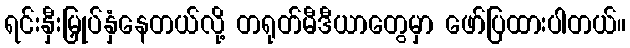
ရင်းနှီးမြှုပ်နှံနေတယ်လို့ တရုတ်မီဒီယာတွေမှာ ဖော်ပြထားပါတယ်။